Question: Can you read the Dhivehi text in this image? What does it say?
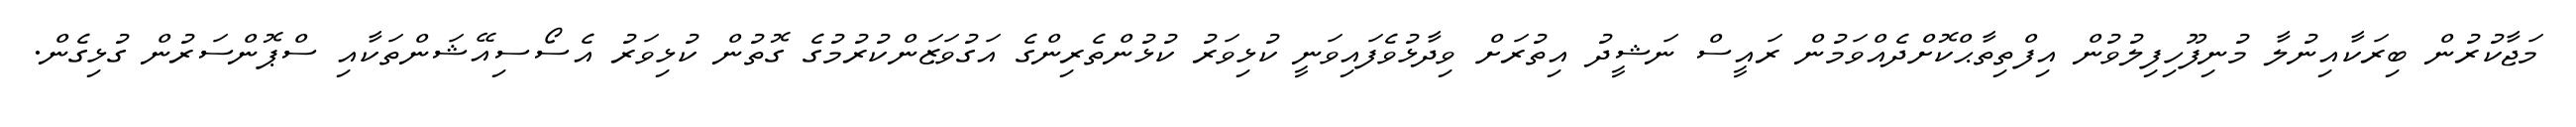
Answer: މަޖާކުރުން ބިރަކާއިނުލާ މުނިފޫހިފިލުވުން އިފްތިތާޙްކޮށްދެއްވަމުން ރައީސް ނަޝީދު އިތުރަށް ވިދާޅުވެފައިވަނީ ކުޅިވަރު ކުޅުންތެރިންގެ އަގުވަޒަންކުރުމުގެ ގޮތުން ކުޅިވަރު އެސޯސިއޭޝަންތަކާއި ސްޕޮންސަރުން ގުޅިގެން.